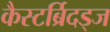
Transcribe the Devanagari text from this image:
कैस्टर्ब्रिदड्ज